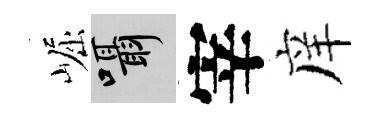
崛囁宰庠